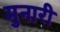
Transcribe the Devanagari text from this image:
मुनारी